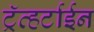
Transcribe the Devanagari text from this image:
ट्रॅव्हर्टाईन